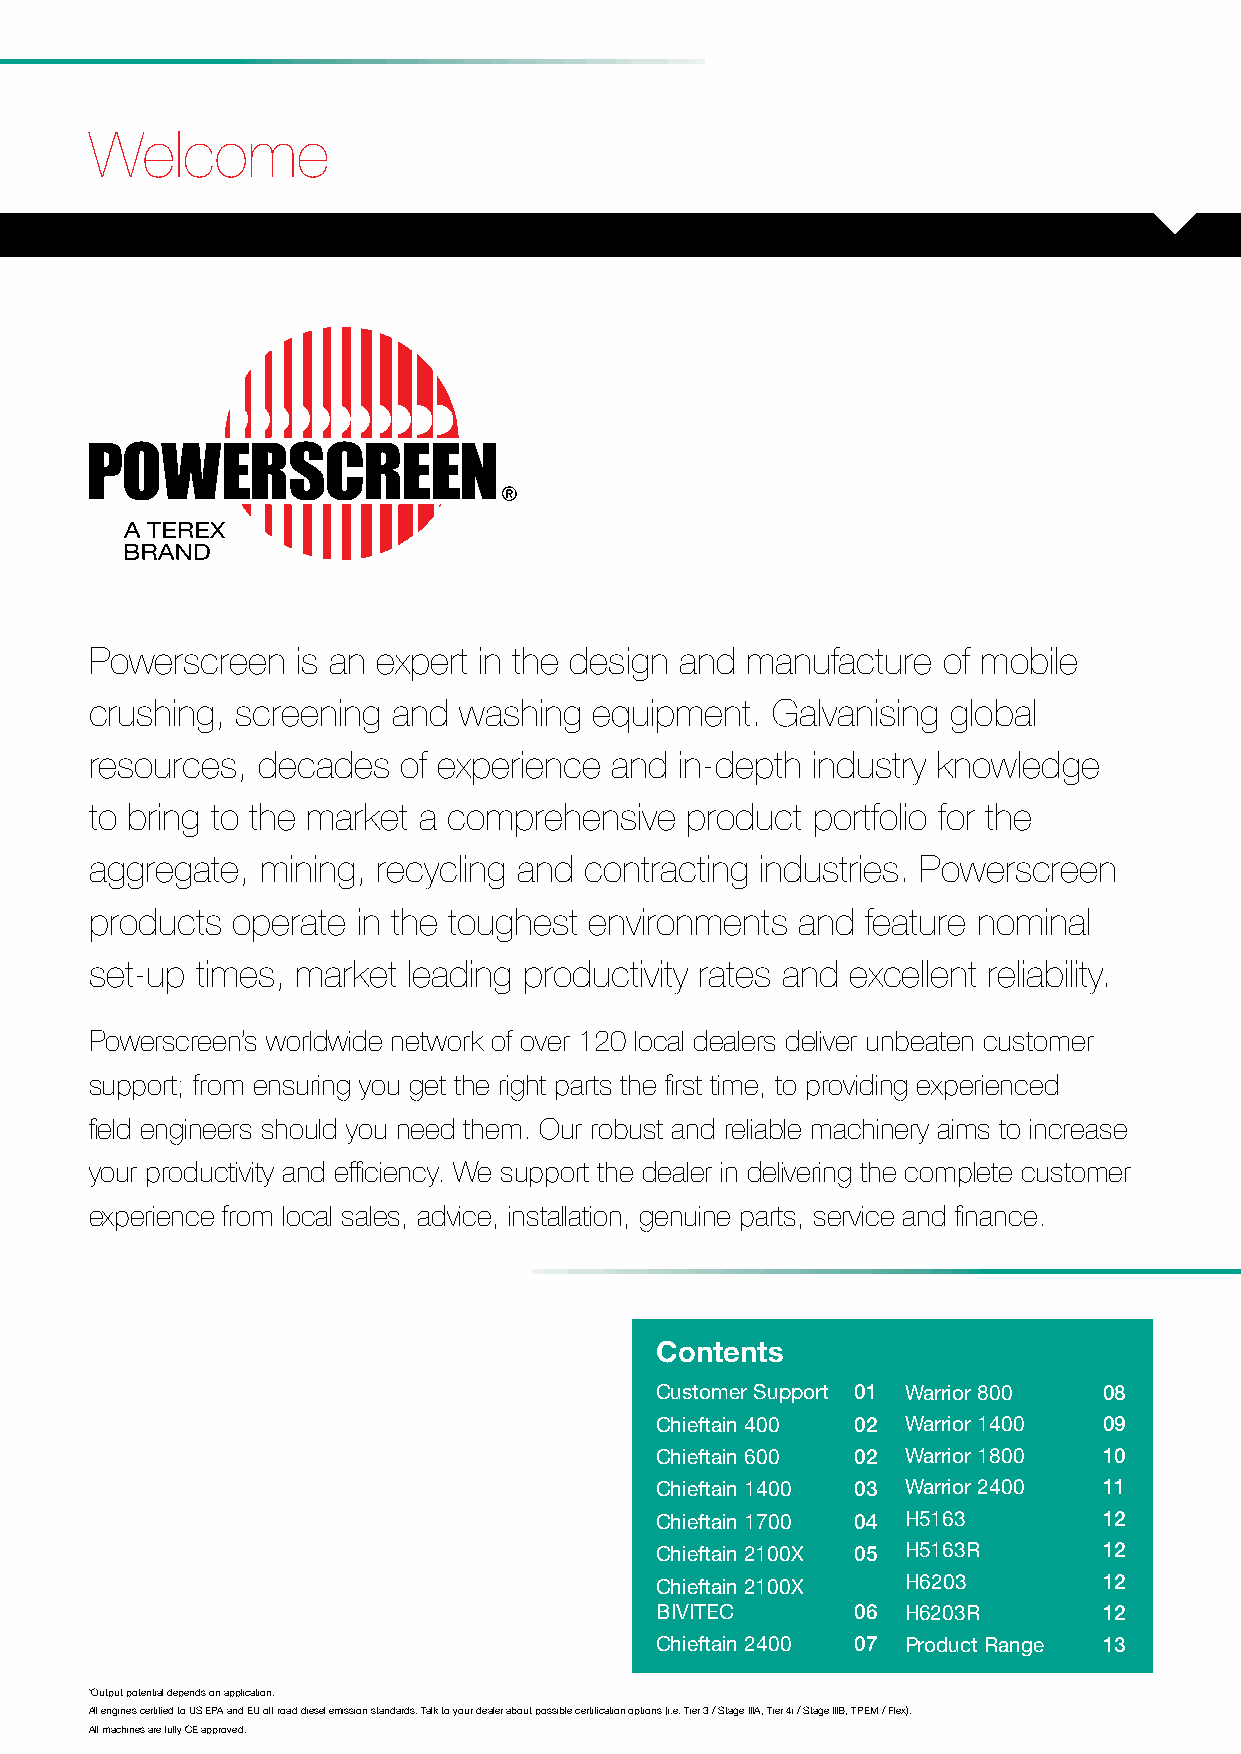
Welcome
 Powerscreen   is an expert in the design and manufacture of mobile
 crushing, screening and washing  equipment.  Galvanising global
 resources, decades   of experience and in-depth industry knowledge
 to bring to the market a comprehensive product  portfolio for the
 aggregate, mining, recycling and contracting industries. Powerscreen
 products operate  in the toughest environments and feature nominal
 set-up times, market leading productivity rates and excellent reliability.
 Powerscreen’s worldwide network of over 120 local dealers deliver unbeaten customer
 support; from ensuring you get the right parts the first time, to providing experienced
 field engineers should you need them. Our robust and reliable machinery aims to increase
 your productivity and efficiency. We support the dealer in delivering the complete customer
 experience from local sales, advice, installation, genuine parts, service and finance.
 Contents
 Customer Support 01 Warrior 800 08
 Chieftain 400 02 Warrior 1400 09
 Chieftain 600 02 Warrior 1800 10
 Chieftain 1400 03 Warrior 2400 11
 Chieftain 1700 04 H5163       12
 Chieftain 2100X 05 H5163R     12
 Chieftain 2100X  H6203        12
 BIVITEC       06 H6203R       12
 Chieftain 2400 07 Product Range 13
 *Output potential depends on application.
 All engines certified to US EPA and EU off road diesel emission standards. Talk to your dealer about possible certification options (i.e. Tier 3 / Stage IIIA, Tier 4i / Stage IIIB, TPEM / Flex).
 All machines are fully CE approved.